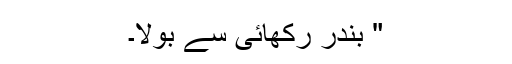
" بندر رکھائی سے بولا۔